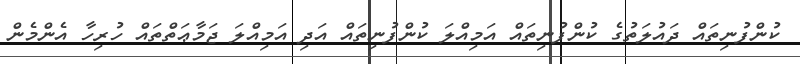
ކުންފުނިތައް ދައުލަތުގެ ކުންފުނިތައް އަމިއްލަ ކުންފުނިތައް އަދި އަމިއްލަ ޖަމާޢަތްތައް ހުރިހާ އެންމެން